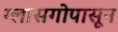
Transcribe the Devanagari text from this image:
ग्लासगोपासून